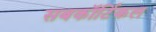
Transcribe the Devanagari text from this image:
सबकॉर्टिकल